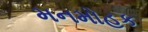
મનમોહક